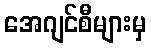
အေဂျင်စီများမှ